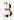
3